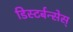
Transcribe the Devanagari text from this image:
डिस्टर्बन्सेस्